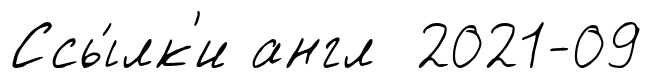
Ссы́лк'и англ 2021-09